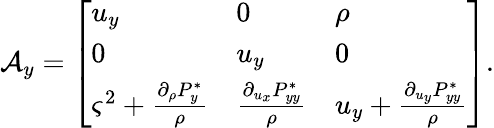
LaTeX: \mathcal{A}_{y}=\left[\begin{array}{lll}{u_{y}}&{0}&{\rho}\\ {0}&{u_{y}}&{0}\\ {\varsigma^{2}+\frac{\partial_{\rho}P_{y}^{*}}{\rho}}&{\frac{\partial_{u_{x}}P_{yy}^{*}}{\rho}}&{u_{y}+\frac{\partial_{u_{y}}P_{yy}^{*}}{\rho}}\end{array}\right].